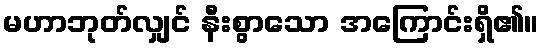
မဟာဘုတ်လျှင် နီးစွာသော အကြောင်းရှိ၏။